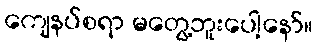
ကျေနပ်စရာ မတွေ့ဘူးပေါ့နော်။